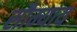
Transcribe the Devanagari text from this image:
सौम्याय